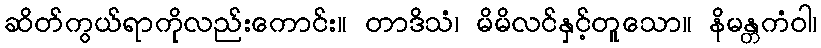
ဆိတ်ကွယ်ရာကိုလည်းကောင်း။ တာဒိသံ၊ မိမိလင်နှင့်တူသော။ နိမန္တကံဝါ၊